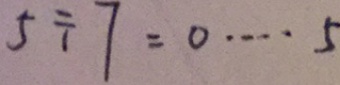
5 \div 7 = 0 \cdots 5